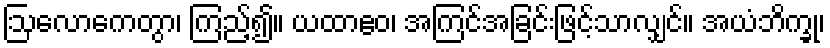
ဩလောကေတွာ၊ ကြည့်၍။ ယထာဧဝ၊ အကြင်အခြင်းဖြင့်သာလျှင်။ အယံဘိက္ခု၊